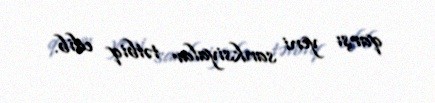
qarşı yeni sanksiyalar tətbiq edib.